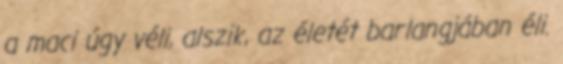
a maci úgy véli, alszik, az életét barlangjában éli.